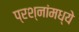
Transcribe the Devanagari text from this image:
प्रश्‍नांमध्‍ये